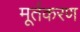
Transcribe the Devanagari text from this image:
मूर्तकरण